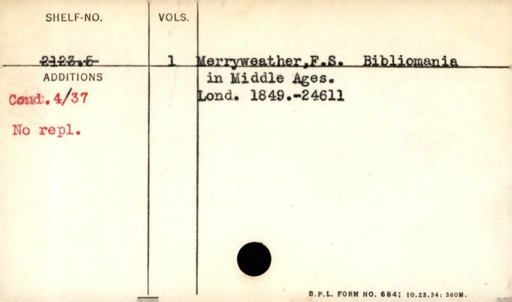
Label: content